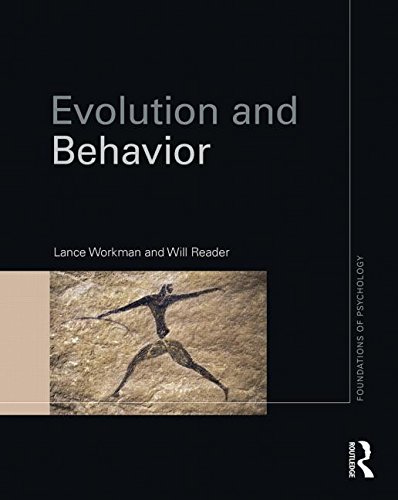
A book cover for Evolution and Behavior (Foundations of Psychology); Lance Workman; Medical Books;